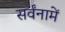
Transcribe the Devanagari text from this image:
सर्वंनामें